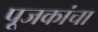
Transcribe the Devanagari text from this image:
पूजकांचा